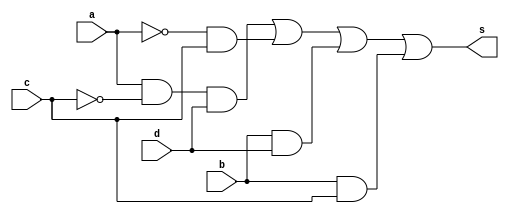
 // -------------------------------
// Guia 08_01 
// Nome: Ludmily Caldeira da Silva
// --------------------------------

module exercicio1 (s, a, b, c, d);

output s;
input a, b, c, d;
wire temp[0:3];

and AND1 (temp[0], a, ~c, d);
and AND2 (temp[1], ~a, c);
and AND3 (temp[2], b, d);
and AND4 (temp[3], b, c);
or OR1 (s, temp[0], temp[1], temp[2], temp[3]);

endmodule //

module testexercicio1;  

wire s;
reg a, b, c, d;

exercicio1 exercicio1 (s, a, b, c, d);

 initial begin
      $display("\nguia08_01 - Ludmily Caldeira da Silva - 417290\n");
      $display("TESTE\n");
      $display("\na   b   c    d    s\n");
      $monitor("%b   %b   %b    %b    %b", a, b, c, d, s);
		
		  a=0; b=0; c=0; d=0;
    #1  a=0; b=0; c=0; d=1;
    #1  a=0; b=0; c=1; d=0;
    #1  a=0; b=0; c=1; d=1;
	 #1  a=0; b=1; c=0; d=0;
    #1  a=0; b=1; c=0; d=1;
    #1  a=0; b=1; c=1; d=0;
    #1  a=0; b=1; c=1; d=1;
    #1  a=1; b=0; c=0; d=0;
    #1  a=1; b=0; c=0; d=1;
    #1  a=1; b=0; c=1; d=0;
	 #1  a=1; b=0; c=1; d=1;
    #1  a=1; b=1; c=0; d=0;
    #1  a=1; b=1; c=0; d=1;
    #1  a=1; b=1; c=1; d=0;
    #1  a=1; b=1; c=1; d=1;  
	    		  
    end
 
endmodule // TestMeiaSoma

/*

RESULTADOS OBTIDOS

    guia08_01 - Ludmily Caldeira da Silva - 417290
    
    TESTE
    
    
    a   b   c    d    s
    
    0   0   0    0    0
    0   0   0    1    0
    0   0   1    0    1
    0   0   1    1    1
    0   1   0    0    0
    0   1   0    1    1
    0   1   1    0    1
    0   1   1    1    1
    1   0   0    0    0
    1   0   0    1    1
    1   0   1    0    0
    1   0   1    1    0
    1   1   0    0    0
    1   1   0    1    1
    1   1   1    0    1
    1   1   1    1    1
    

*/